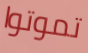
تموتوا